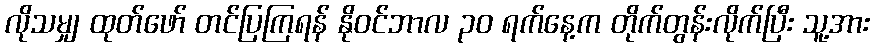
လိုသမျှ ထုတ်ဖော် တင်ပြကြရန် နိုဝင်ဘာလ ၃၀ ရက်နေ့က တိုက်တွန်းလိုက်ပြီး သူ့အား